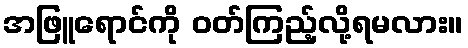
အဖြူရောင်ကို ဝတ်ကြည့်လို့ရမလား။